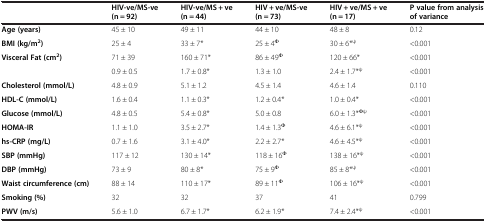
<table><thead><tr><td><b> </b></td><td><b>HIV-ve/MS-ve (n = 92)</b></td><td><b>HIV-ve/MS + ve (n = 44)</b></td><td><b>HIV + ve/MS-ve (n = 73)</b></td><td><b>HIV + ve/MS + ve (n = 17)</b></td><td><b>P value from analysis of variance</b></td></tr></thead><tbody><tr><td><b>Age (years)</b></td><td>45 ± 10</td><td>49 ± 11</td><td>44 ± 10</td><td>48 ± 8</td><td>0.12</td></tr><tr><td><b>BMI (kg/m</b><sup><b>2</b></sup><b>)</b></td><td>25 ± 4</td><td>33 ± 7*</td><td>25 ± 4<sup>Φ</sup></td><td>30 ± 6*<sup>ψ</sup></td><td>&lt;0.001</td></tr><tr><td><b>Visceral Fat (cm</b><sup><b>2</b></sup><b>)</b></td><td>71 ± 39</td><td>160 ± 71*</td><td>86 ± 49<sup>Φ</sup></td><td>120 ± 66*</td><td>&lt;0.001</td></tr><tr><td> </td><td>0.9 ± 0.5</td><td>1.7 ± 0.8*</td><td>1.3 ± 1.0</td><td>2.4 ± 1.7*<sup>ψ</sup></td><td>&lt;0.001</td></tr><tr><td><b>Cholesterol (mmol/L)</b></td><td>4.8 ± 0.9</td><td>5.1 ± 1.2</td><td>4.5 ± 1.4</td><td>4.6 ± 1.4</td><td>0.110</td></tr><tr><td><b>HDL-C (mmol/L)</b></td><td>1.6 ± 0.4</td><td>1.1 ± 0.3*</td><td>1.2 ± 0.4*</td><td>1.0 ± 0.4*</td><td>&lt;0.001</td></tr><tr><td><b>Glucose (mmol/L)</b></td><td>4.8 ± 0.5</td><td>5.4 ± 0.8*</td><td>5.0 ± 0.8</td><td>6.0 ± 1.3*<sup>Φψ</sup></td><td>&lt;0.001</td></tr><tr><td><b>HOMA-IR</b></td><td>1.1 ± 1.0</td><td>3.5 ± 2.7*</td><td>1.4 ± 1.3<sup>Φ</sup></td><td>4.6 ± 6.1*<sup>ψ</sup></td><td>&lt;0.001</td></tr><tr><td><b>hs-CRP (mg/L)</b></td><td>0.7 ± 1.6</td><td>3.1 ± 4.0*</td><td>2.2 ± 2.7*</td><td>4.6 ± 4.5*<sup>ψ</sup></td><td>&lt;0.001</td></tr><tr><td><b>SBP (mmHg)</b></td><td>117 ± 12</td><td>130 ± 14*</td><td>118 ± 16<sup>Φ</sup></td><td>138 ± 16*<sup>ψ</sup></td><td>&lt;0.001</td></tr><tr><td><b>DBP (mmHg)</b></td><td>73 ± 9</td><td>80 ± 8*</td><td>75 ± 9<sup>Φ</sup></td><td>85 ± 8*<sup>ψ</sup></td><td>&lt;0.001</td></tr><tr><td><b>Waist circumference (cm)</b></td><td>88 ± 14</td><td>110 ± 17*</td><td>89 ± 11<sup>Φ</sup></td><td>106 ± 16*<sup>ψ</sup></td><td>&lt;0.001</td></tr><tr><td><b>Smoking (%)</b></td><td>32</td><td>32</td><td>37</td><td>41</td><td>0.799</td></tr><tr><td><b>PWV (m/s)</b></td><td>5.6 ± 1.0</td><td>6.7 ± 1.7*</td><td>6.2 ± 1.9*</td><td>7.4 ± 2.4*<sup>ψ</sup></td><td>&lt;0.001</td></tr></tbody></table>